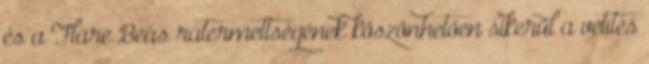
és a Fláre Beás rátermettségének köszönhetően sikerül a vetítés